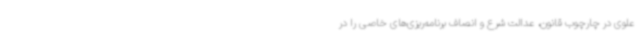
علوی در چارچوب قانون، عدالت شرع و انصاف برنامه‌ریزی‌های خاصی را در